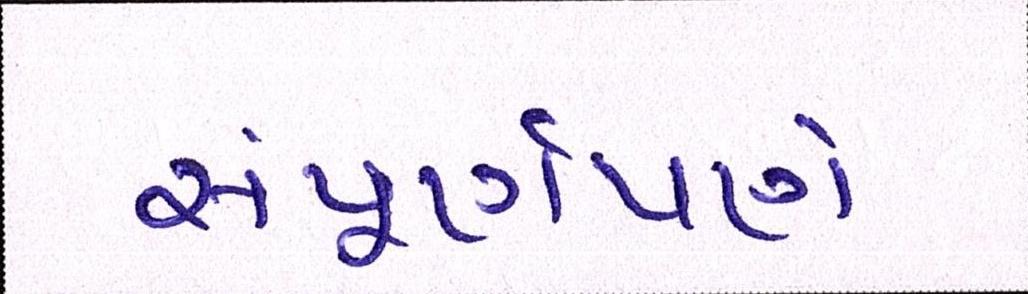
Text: સંપૂર્ણપણે